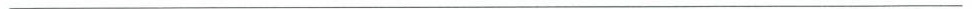
___